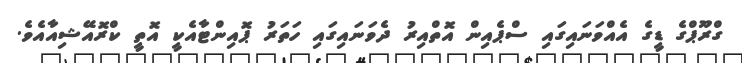
ގްރޫޕްގެ ޑީގެ އެއްވަނައިގައި ސްޕެއިން އޮތްއިރު ދެވަނައިގައި ހަތަރު ޕޮއިންޓާއެކީ އޮތީ ކްރޮއޭޝިއާއެވެ.